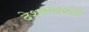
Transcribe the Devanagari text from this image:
देशबांधवोने